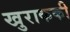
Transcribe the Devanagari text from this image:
खुराककी